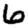
Digit: 6